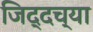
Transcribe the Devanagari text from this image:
जिद्दच्या